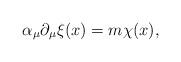
LaTeX: \begin{align*}\alpha _\mu \partial _\mu \xi (x)=m\chi (x),\end{align*}